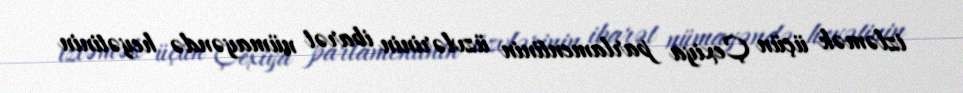
izləmək üçün Çexiya parlamentinin üzvlərinin ibarət nümayəndə heyətinin